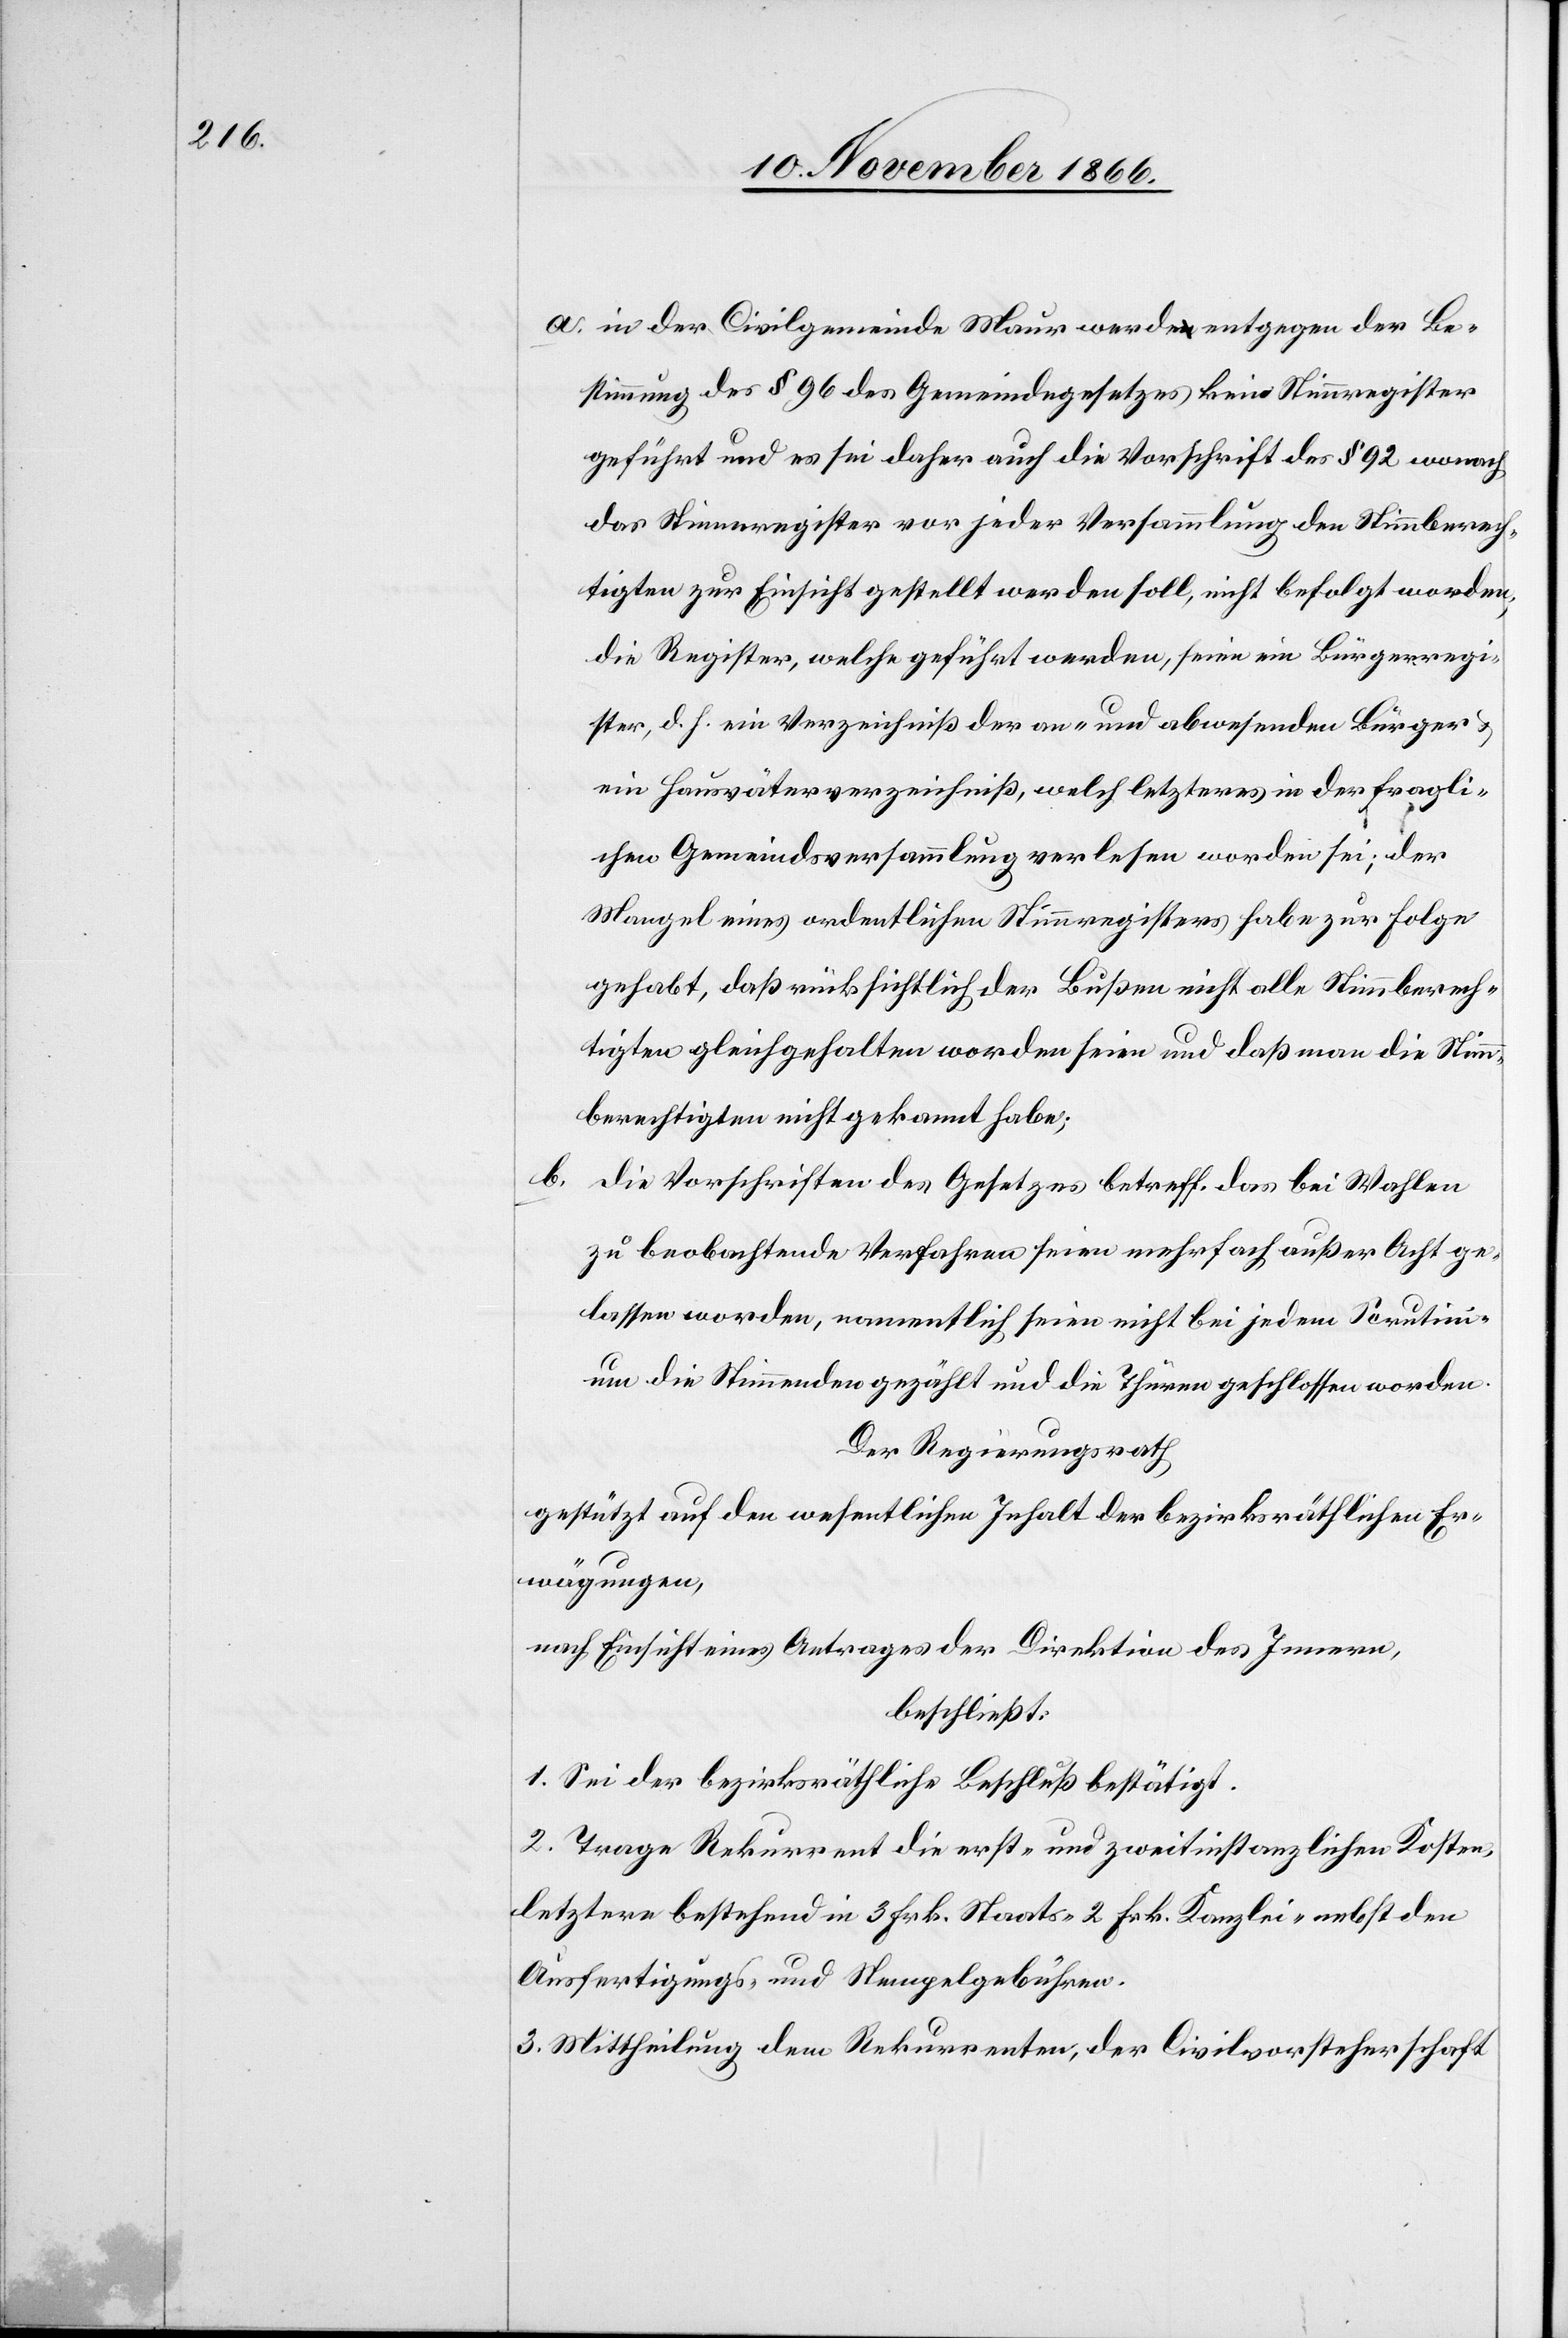
a. in der Civilgemeinde Maur werde entgegen der Be¬
stimmung des § 96 des Gemeindegesetzes kein Stimmregister
geführt und es sei daher auch die Vorschrift des § 92 wonach
das Stimmregister vor jeder Versammlung den Stimmberech¬
tigten zur Einsicht gestellt werden soll, nicht befolgt worden,
die Register, welche geführt werden, seien ein Bürgerregi¬
ster, d. h. ein Verzeichniß der an- und abwesenden Bürger &
ein Hausväterverzeichniß, welch letzteres in der fragli¬
chen Gemeindsversammlung verlesen worden sei; der
Mangel eines ordentlichen Stimmregisters habe zur Folge
gehabt, daß rücksichtlich der Bußen nicht alle Stimmberech¬
tigten gleichgehgalten worden seien und daß man die Stimm¬
berechtigten nicht gekannt habe;
b. Die Vorschriften des Gesetzes betreff. das bei Wahlen
zu beobachtende Verfahren seien mehrfach außer Acht ge¬
lassen worden, namentlich seien nicht bei jedem Scrutini¬
um die Stimmenden gezählt und die Thüren geschlossen worden.
Der Regierungsrath,
gestützt auf den wesentlichen Inhalt der bezirksräthlichen Er¬
wägungen,
nach Einsicht eines Antrages der Direktion des Innern,
beschließt:
1. Sei der bezirksräthliche Beschluß bestätigt.
2. Trage Rekurrent die erst- und zweitinstanzlichen Kosten,
letztere bestehend in 3 Frk. Staats-[,] 2 Frk. Kanzlei- nebst den
Ausfertigungs- und Stempelgebühren.
3. Mittheilung dem Rekurrenten, der Civilvorsteherschaft